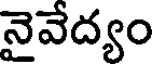
నైవేద్యం